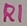
Text: R1